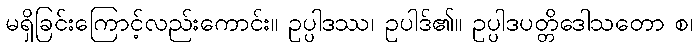
မရှိခြင်းကြောင့်လည်းကောင်း။ ဥပ္ပါဒဿ၊ ဥပါဒ်၏။ ဥပ္ပါဒပတ္တိဒေါသတော စ၊